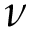
\nu